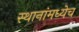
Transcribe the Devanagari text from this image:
स्थानांमध्येच